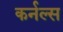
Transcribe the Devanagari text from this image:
कर्नल्स